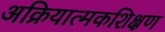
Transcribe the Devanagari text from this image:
अक्रियात्मकशिक्षण